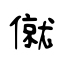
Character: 僦